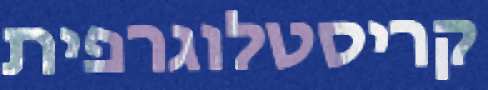
קריסטלוגרפית